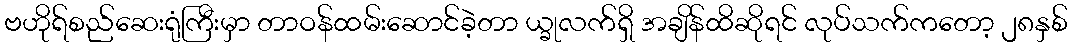
ဗဟိုရ်စည်ဆေးရုံကြီးမှာ တာဝန်ထမ်းဆောင်ခဲ့တာ ယ္ခုလက်ရှိ အချိန်ထိဆိုရင် လုပ်သက်ကတော့ ၂၈နှစ်